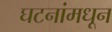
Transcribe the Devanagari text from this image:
घटनांमधून